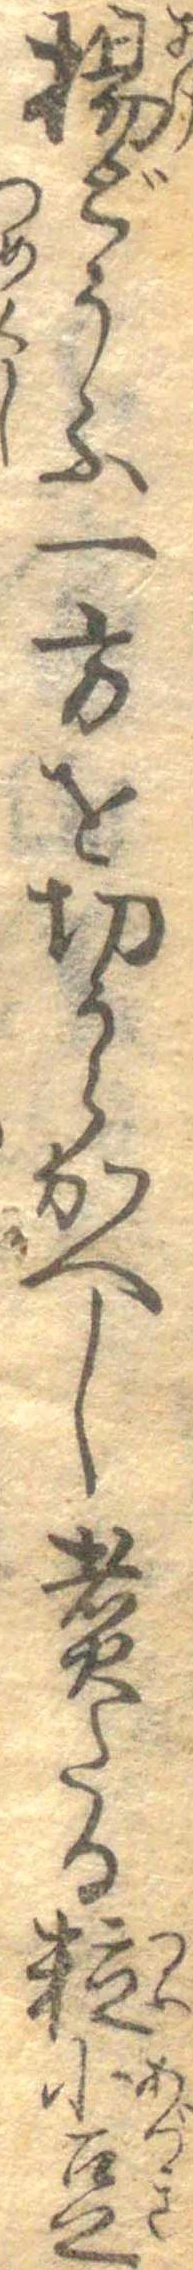
揚どうふ一方を切うらかへし煮たる粒小豆